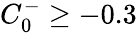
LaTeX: C_{0}^{-}\ge-0.3